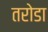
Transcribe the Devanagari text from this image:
तरोडा